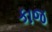
કાજ